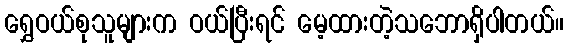
ရွှေဝယ်စုသူများက ဝယ်ပြီးရင် မေ့ထားတဲ့သဘောရှိပါတယ်။